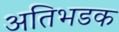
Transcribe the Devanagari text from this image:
अतिभडक